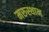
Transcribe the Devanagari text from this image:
मरुस्थान